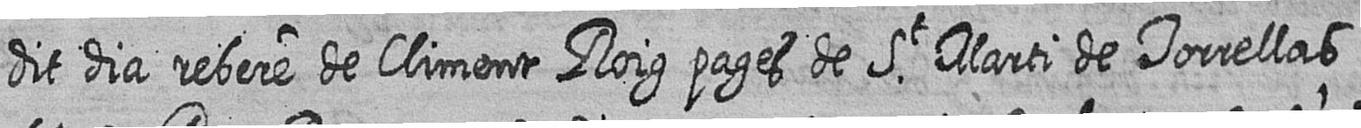
dit dia rebere de Climent Roig pages de St Marti de Torrellas